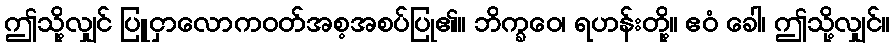
ဤသို့လျှင် ပြူငှာလောကဝတ်အစ့အစပ်ပြု၏။ ဘိက္ခဝေ၊ ရဟန်းတို့။ ဧဝံ ခေါ၊ ဤသို့လျှင်။